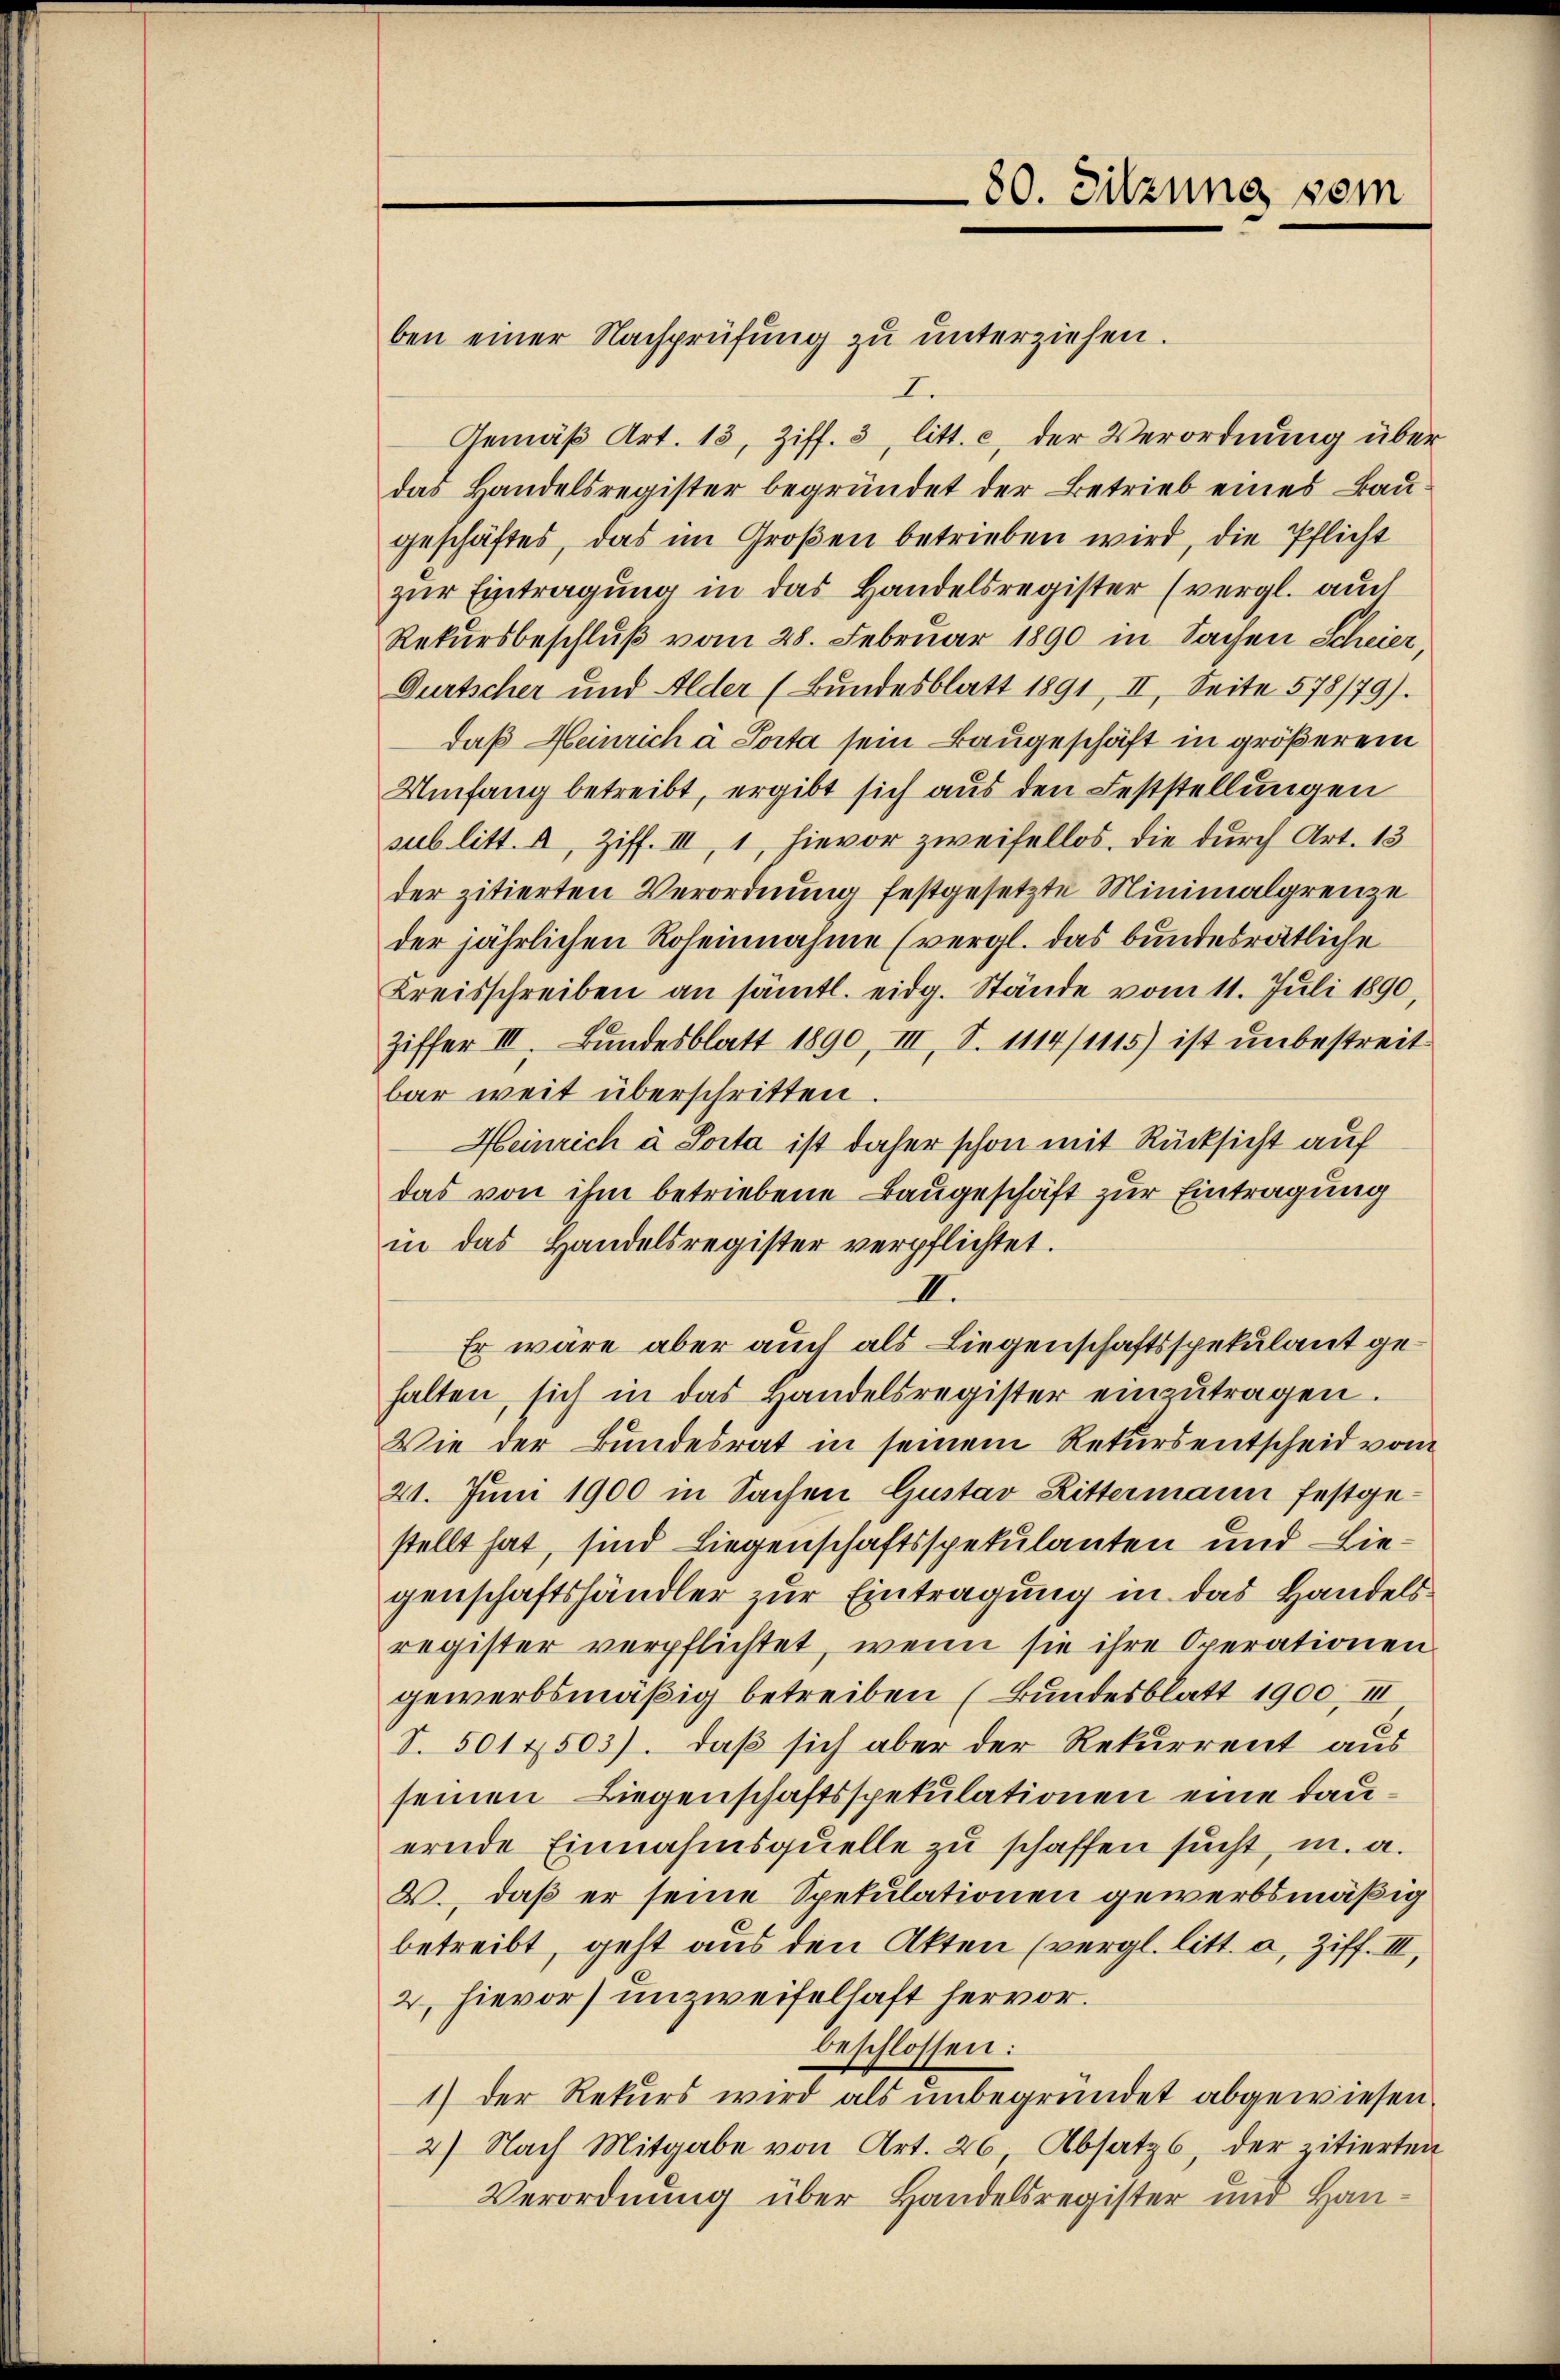
80. Sitzung vom

ben einer Nachprüfung zu unterziehen.
I
Gemäß Art. 13, Ziff. 3, litt. c, der Verordnung über
das Handelsregister begründet der Betrieb eines Baugeschäftes, das im Großen betrieben wird, die Pflicht
zur Eintragung in das Handelsregister (vergl. auch
Rekursbeschluß vom 28. Februar 1890 in Sachen Scheier,
Durtscher und Alder (Bundesblatt 1891, II, Seite 578/79).
daß Heinrich à Porta sein Baugeschäft in größerem
Umfang betreibt, ergibt sich aus den Feststellungen
sub litt. a, Ziff. III, 1, hievor zweifellos, die durch Art. 13
der zitierten Verordnung festgesetzte Minimalgrenze
der jährlichen Roseinnahme (vergl. das bundesrätliche
Kreisschreiben an sämtl. eidg. Stände vom 11. Juli 1890,
Ziffer III. Bŭndesblatt 1890, III, S. 1114/1115) ist unbestreit
bar weit überschritten.
Heinrich à Sosta ist daher schon mit Rücksicht auf
das von ihm betriebene Baugeschäft zur Eintragung
in das Handelsregister verpflichtet.
II.
Er wäre aber auch als Liegenschaftsspekulant gehalten, sich in das Handelsregister einzŭtragen.
Wie der Bundesrat in seinem Rekursentscheid vom
21. Juni 1900 in Sachen Gustav Rittermann festgestellt hat, sind Liegenschaftsspekulanten und Liegenschaftshändler zur Eintragung in das Handelsregister verpflichtet, wenn sie ihre Operationen
gewerbsmäßig betreiben (Bundesblatt 1900, III
S. 501 4503). Daß sich aber der Rekurrent aus
seinen Liegenschaftsspekulationen eine Dauernde Einnahmsquelle zu schaffen sucht, m. a.
B., daß er seine Spekulationen gewerbsmäßig
betreibt, geht aus den Akten (vergl. litt. a, Ziff. III,
2, hievor unzweifelhaft hervor.
beschlossen:
1) der Rekurs wird als unbegründet abgewiesen.
2) Nach Mitgabe von Art. 26. Absatz, der zitierten
Verordnung über Handelsregister und Han¬